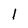
Character: l